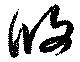
攸